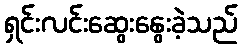
ရှင်းလင်းဆွေးနွေးခဲ့သည်